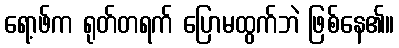
ရော့ဖ်က ရုတ်တရက် ပြောမထွက်ဘဲ ဖြစ်နေ၏။